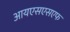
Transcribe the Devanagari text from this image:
आयएसएसएफ